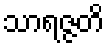
သာရဇ္ဇတိ